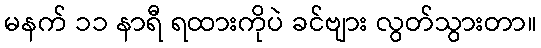
မနက် ၁၁ နာရီ ရထားကိုပဲ ခင်ဗျား လွတ်သွားတာ။